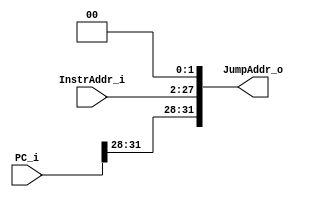
`timescale 1ns / 1ps
//Subject:     CO project 3 - AddressExtend
//--------------------------------------------------------------------------------
//Version:     1
//--------------------------------------------------------------------------------
//Writer:      0416038 _0416326 t 
//----------------------------------------------
//Date:        
//----------------------------------------------
//Description: 
//--------------------------------------------------------------------------------
module AddressExtend(
    InstrAddr_i,
    PC_i,
    JumpAddr_o
    );
	 
//I/O ports
input  [26-1:0] InstrAddr_i;
input  [32-1:0] PC_i;

output [32-1:0] JumpAddr_o;
 
//Internal Signals
reg    [32-1:0] JumpAddr_o;
 
//Parameter

    
//Main function
always@(*) begin
	JumpAddr_o <= {PC_i[31:28], InstrAddr_i, 2'b00};
end

endmodule